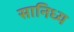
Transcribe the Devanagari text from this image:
सानिध्‍य